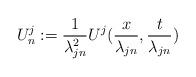
LaTeX: \begin{align*}U^j_n:=\frac{1}{\lambda^2_{jn}}U^j(\frac{x}{\lambda_{jn}},\frac{t}{\lambda_{jn}})\end{align*}